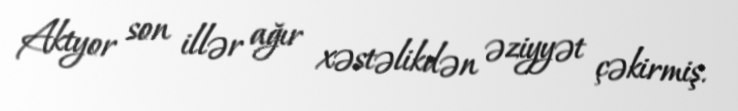
Aktyor son illər ağır xəstəlikdən əziyyət çəkirmiş.